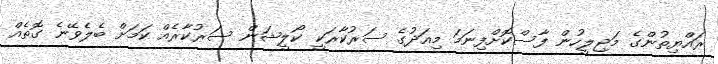
ރައްޔިތުންގެ މަޖިލީހުން ފާސްކޮށްފިނަމަ މިއަދުގެ ސަރުކާރަކީ ކޯލީޝަން ސަރުކާރެއް ކަމަށް ބެލެވޭނެ ގޮތެއް